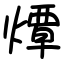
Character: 燂